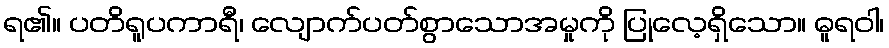
ရ၏။ ပတိရူပကာရီ၊ လျောက်ပတ်စွာသောအမှုကို ပြုလေ့ရှိသော။ ဓူရဝါ၊